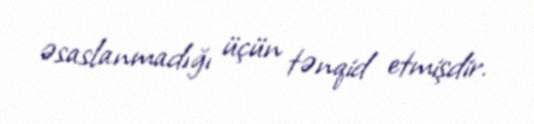
əsaslanmadığı üçün tənqid etmişdir.